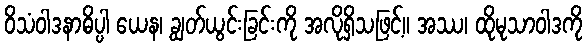
ဝိသံဝါဒနာဓိပ္ပါ ယေန၊ ချွတ်ယွင်းခြင်းကို အလိုရှိသဖြင့်။ အဿ၊ ထိုမုသာဝါဒကို